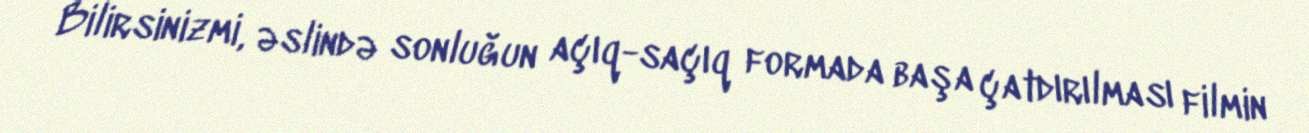
Bilirsinizmi, əslində sonluğun açıq-saçıq formada başa çatdırılması filmin